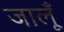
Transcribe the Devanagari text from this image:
जालूँ